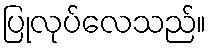
ပြုလုပ်လေသည်။